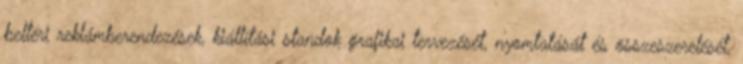
beltéri reklámberendezések, kiállítási standok grafikai tervezését, nyomtatását és összeszerelését,